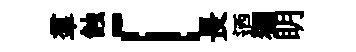
羣蝕「長迺獨眀